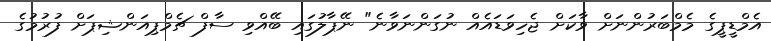
އެމްޑީޕީގެ މެމްބަރުންނަށް ވާކަށް ޖެހިވަޑައެއް ނުގަންނަވާނެ" ނޭޕާލުގައި ބޭއްވި ސާފް ޗެމްޕިއަންޝިޕަށް ފުރުމުގެ